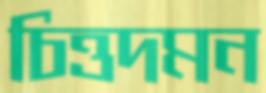
চিত্তদমন